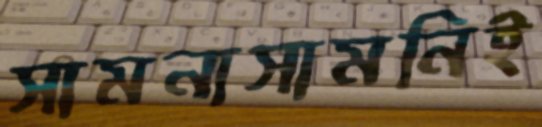
সামনাসামনিই